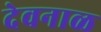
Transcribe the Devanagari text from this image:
देवनाळ